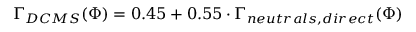
\Gamma _ { D C M S } ( \Phi ) = 0 . 4 5 + 0 . 5 5 \cdot \Gamma _ { n e u t r a l s , d i r e c t } ( \Phi )